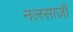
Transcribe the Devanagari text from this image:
नलसाज़ी